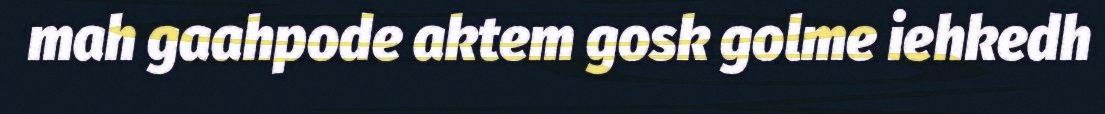
mah gaahpode aktem gosk golme iehkedh